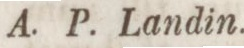
A. P. Landin.